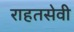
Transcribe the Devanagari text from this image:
राहतसेवी